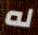
له